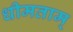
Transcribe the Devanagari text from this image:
धीमताम्